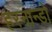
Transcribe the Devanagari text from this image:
हरनान्डो